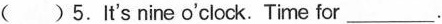
( )5.It's nine o'clock. Time for ___.